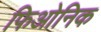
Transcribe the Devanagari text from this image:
फिओनिक